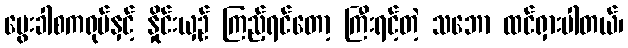
မွေးခါစကရုပ်နှင့် နှိုင်းယှဉ် ကြည့်ရင်တော့ ကြီးရင့်တဲ့ သဘော ထင်ရှားပါတယ်၊